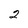
Character: 2